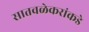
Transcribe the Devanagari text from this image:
सातवळेकरांकडे